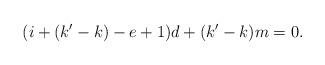
LaTeX: \begin{align*}(i+(k'-k)-e+1)d+(k'-k)m=0.\end{align*}